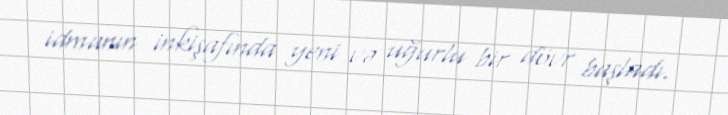
idmanın inkişafında yeni və uğurlu bir dövr başladı.